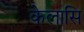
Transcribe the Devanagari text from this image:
केलासि